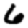
Digit: 6